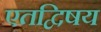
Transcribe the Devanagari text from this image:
एतद्विषय